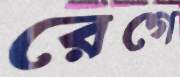
রেগে